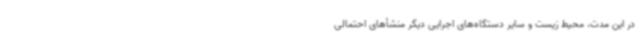
در این مدت، محیط زیست و سایر دستگاه‌های اجرایی دیگر منشأهای احتمالی